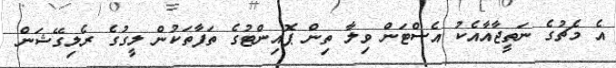
އެ މެޗުގެ ނަތީޖާއާއެކު އެސްޓަން ވިލާ ތިން ޕޮއިންޓުގެ ތަފާތަކުން ލީގުގެ ރެލިގޭޝަން